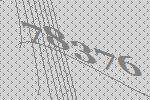
78376